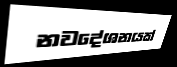
නවදේශනයක්